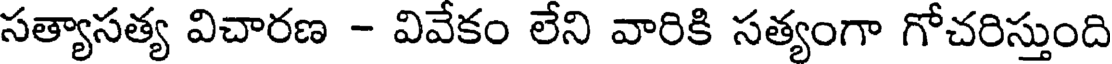
సత్యాసత్య విచారణ - వివేకం లేని వారికి సత్యంగా గోచరిస్తుంది